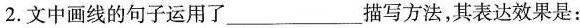
2.文中画线的句子运用了___描写方法，其表达效果是: